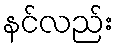
နင်လည်း